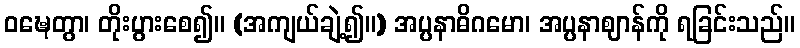
ဝဍ္ဎေတွာ၊ တိုးပွားစေ၍။ (အကျယ်ချဲ့၍။) အပ္ပနာဓိဂမော၊ အပ္ပနာဈာန်ကို ရခြင်းသည်။